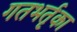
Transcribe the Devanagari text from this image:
गतभर्तृका